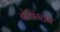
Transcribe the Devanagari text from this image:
बेबिंग्टन